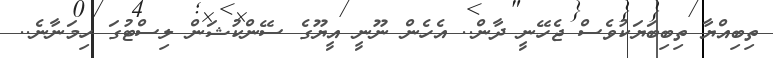
ތިބިއްޔާ ތިބިބަޔަކުވެސް ޖެހޭނީ ދާން.. އެހެން ނޫނީ އީޔޫގެ ސޭންކުޝަން ލިސްޓުގަ ހިމަނާނެ..